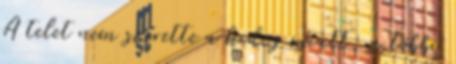
A telet nem szerette a hideg miatt, a többi